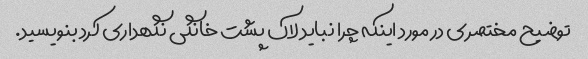
توضیح مختصری در مورد اینکه چرا نباید لاک پشت خانگی نگهداری کرد بنویسید.